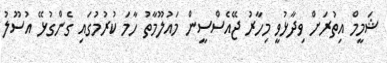
ޝަމީމް އިތުރަށް ވިދާޅުވީ މިހާރު ޖޭއެސްސީން މައުލޫމާތު ހާމަ ކުރުމުގައި ގެންގުޅޭ އުސޫލު